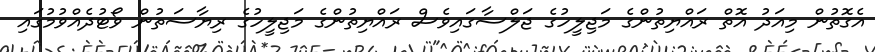
އެގޮތުން މިއަދު އޮތް ރައްޔިތުންގެ މަޖިލީހުގެ ޖަލްސާގައިވެސް ރައްޔިތުންގެ މަޖިލީހުގެ ރިޔާސަތުން ވޯޓުދެއްވުމުގައި